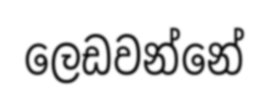
ලෙඩවන්නේ